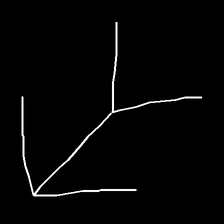
Glyph: gather